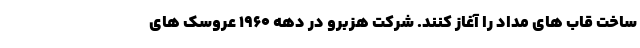
ساخت قاب های مداد را آغاز کنند. شرکت هزبرو در دهه 1960 عروسک های